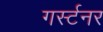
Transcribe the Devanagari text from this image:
गर्स्टनर